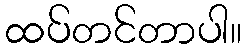
ထပ်တင်တာပါ။